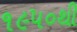
૧૯૫૦થી